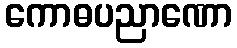
ကောဓပညာဏော